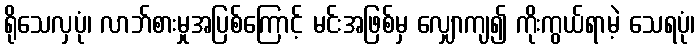
ရိုသေလှပုံ၊ လာဘ်စားမှုအပြစ်ကြောင့် မင်းအဖြစ်မှ လျှောကျ၍ ကိုးကွယ်ရာမဲ့ သေရပုံ၊